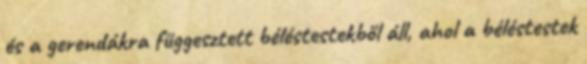
és a gerendákra függesztett béléstestekből áll, ahol a béléstestek